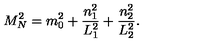
M _ { N } ^ { 2 } = m _ { 0 } ^ { 2 } + \frac { n _ { 1 } ^ { 2 } } { L _ { 1 } ^ { 2 } } + \frac { n _ { 2 } ^ { 2 } } { L _ { 2 } ^ { 2 } } .